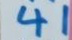
41